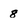
Character: 8